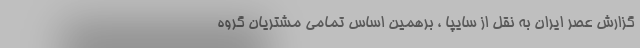
گزارش عصر ایران به نقل از سایپا ، برهمین اساس تمامی مشتریان گروه